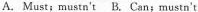
A.Must;mustn't B.Can;mustn't